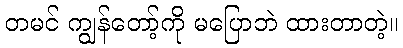
တမင် ကျွန်တော့်ကို မပြောဘဲ ထားတာတဲ့။